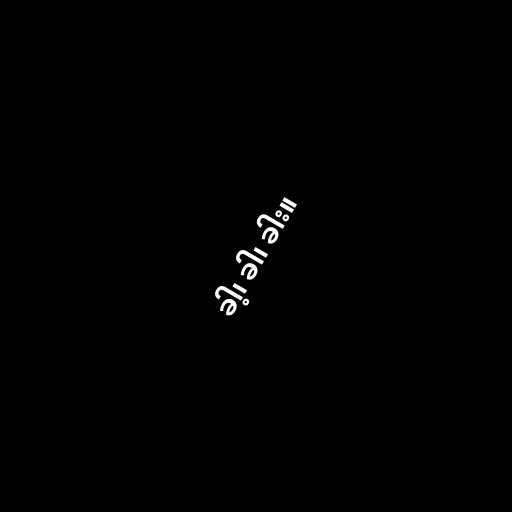
ခါ့၊ ခါ၊ ခါး။